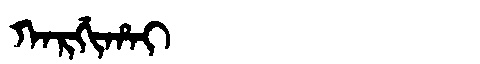
Manchu: ᡴᠠᡵᡤᡳᡥᠠᡳ
Romanization: KARGIHAI